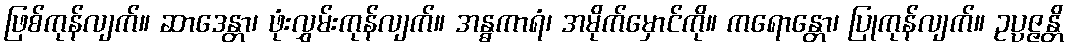
ဖြစ်ကုန်လျက်။ ဆာဒေန္တာ၊ ဖုံးလွှမ်းကုန်လျက်။ အန္ဓကာရံ၊ အမိုက်မှောင်ကို။ ကရောန္တော၊ ပြုကုန်လျက်။ ဥပ္ပဇ္ဇန္တိ